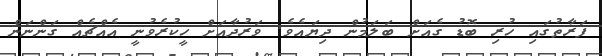
ފަރާތުގައި ހުރި ބޮޑު ގެއަށް ބަލަމުން ދިޔައެވެ. ވަރުދާއަށް ހީކުރެވުނީ އެއްޗެއް ގަންނަން